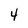
Character: 4